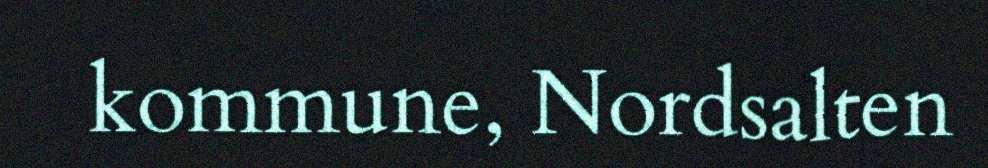
kommune, Nordsalten